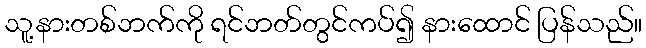
သူ့နားတစ်ဘက်ကို ရင်ဘတ်တွင်ကပ်၍ နားထောင် ပြန်သည်။